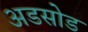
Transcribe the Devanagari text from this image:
अडसोड